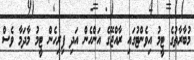
މުބާރާތުގެ ޓީމު އިވެންޓުގައި ރާއްޖޭގެ އަންހެން އަދި ފިރިހެން ޓީމު މާދަމާ ވެސް